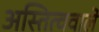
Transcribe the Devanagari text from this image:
अस्तित्ववाले